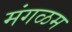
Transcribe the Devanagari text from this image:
मंगळम